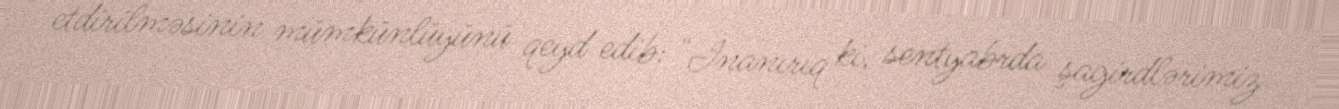
etdirilməsinin mümkünlüyünü qeyd edib: "İnanırıq ki, sentyabrda şagirdlərimiz